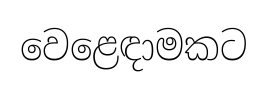
වෙළෙඳාමකට